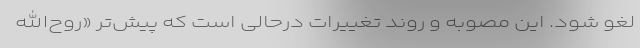
لغو شود. این مصوبه و روند تغییرات درحالی است که پیش‌تر «روح‌الله